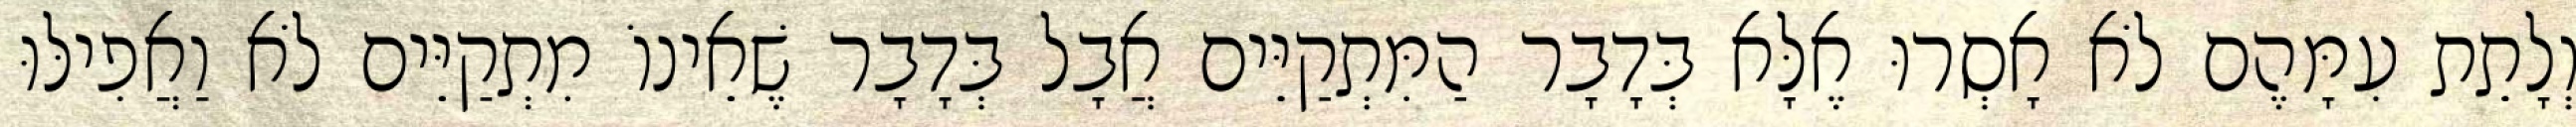
וְלָתֵת עִמָּהֶם לֹא אָסְרוּ אֶלָּא בְּדָבָר הַמִּתְקַיֵּים אֲבָל בְּדָבָר שֶׁאֵינוֹ מִתְקַיֵּים לֹא וַאֲפִילּוּ